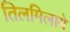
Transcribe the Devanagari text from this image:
तिलमिलाये